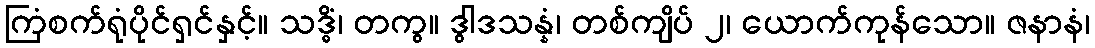
ကြံစက်ရုံပိုင်ရှင်နှင့်။ သဒ္ဓိံ၊ တကွ။ ဒွါဒသန္နံ၊ တစ်ကျိပ် ၂၊ ယောက်ကုန်သော။ ဇနာနံ၊